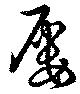
屡